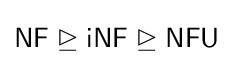
{\mathsf {NF}}\trianglerighteq {\mathsf {iNF}}\trianglerighteq {\mathsf {NFU}}